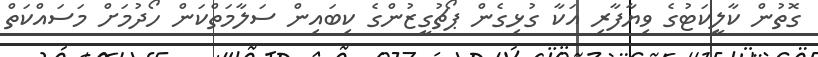
ގޮތުން ކާލީކަޓުގެ ވިޔާފާރި އަކާ ގުޅިގެން ޕޯޗުގީޒުންގެ ކިބައިން ސަލާމަތްކަން ހޯދުމަށް މަސައްކަތް